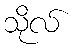
သိုလ်